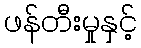
ဖန်တီးမှုနှင့်